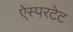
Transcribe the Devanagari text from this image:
ऐस्परटेट